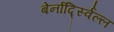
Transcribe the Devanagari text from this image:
बेर्नार्द्स्विल्ल